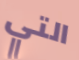
التي